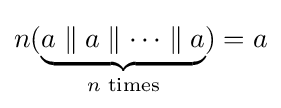
n(\underbrace {a\parallel a\parallel \cdots \parallel a} _{n{\text{ times}}})=a